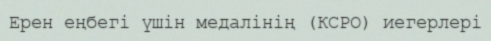
Ерен еңбегі үшін медалінің (КСРО) иегерлері